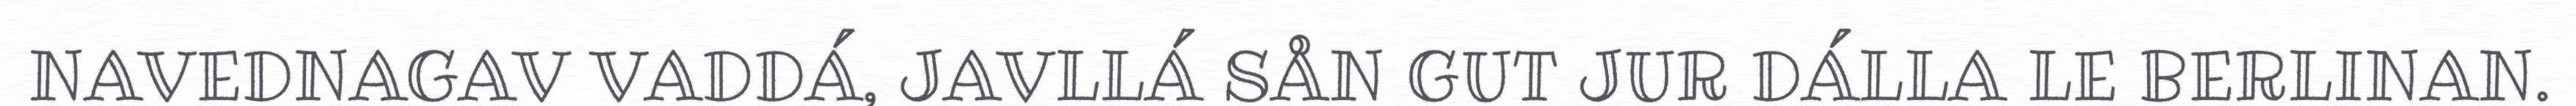
NAVEDNAGAV VADDÁ, JAVLLÁ SÅN GUT JUR DÁLLA LE BERLINAN.